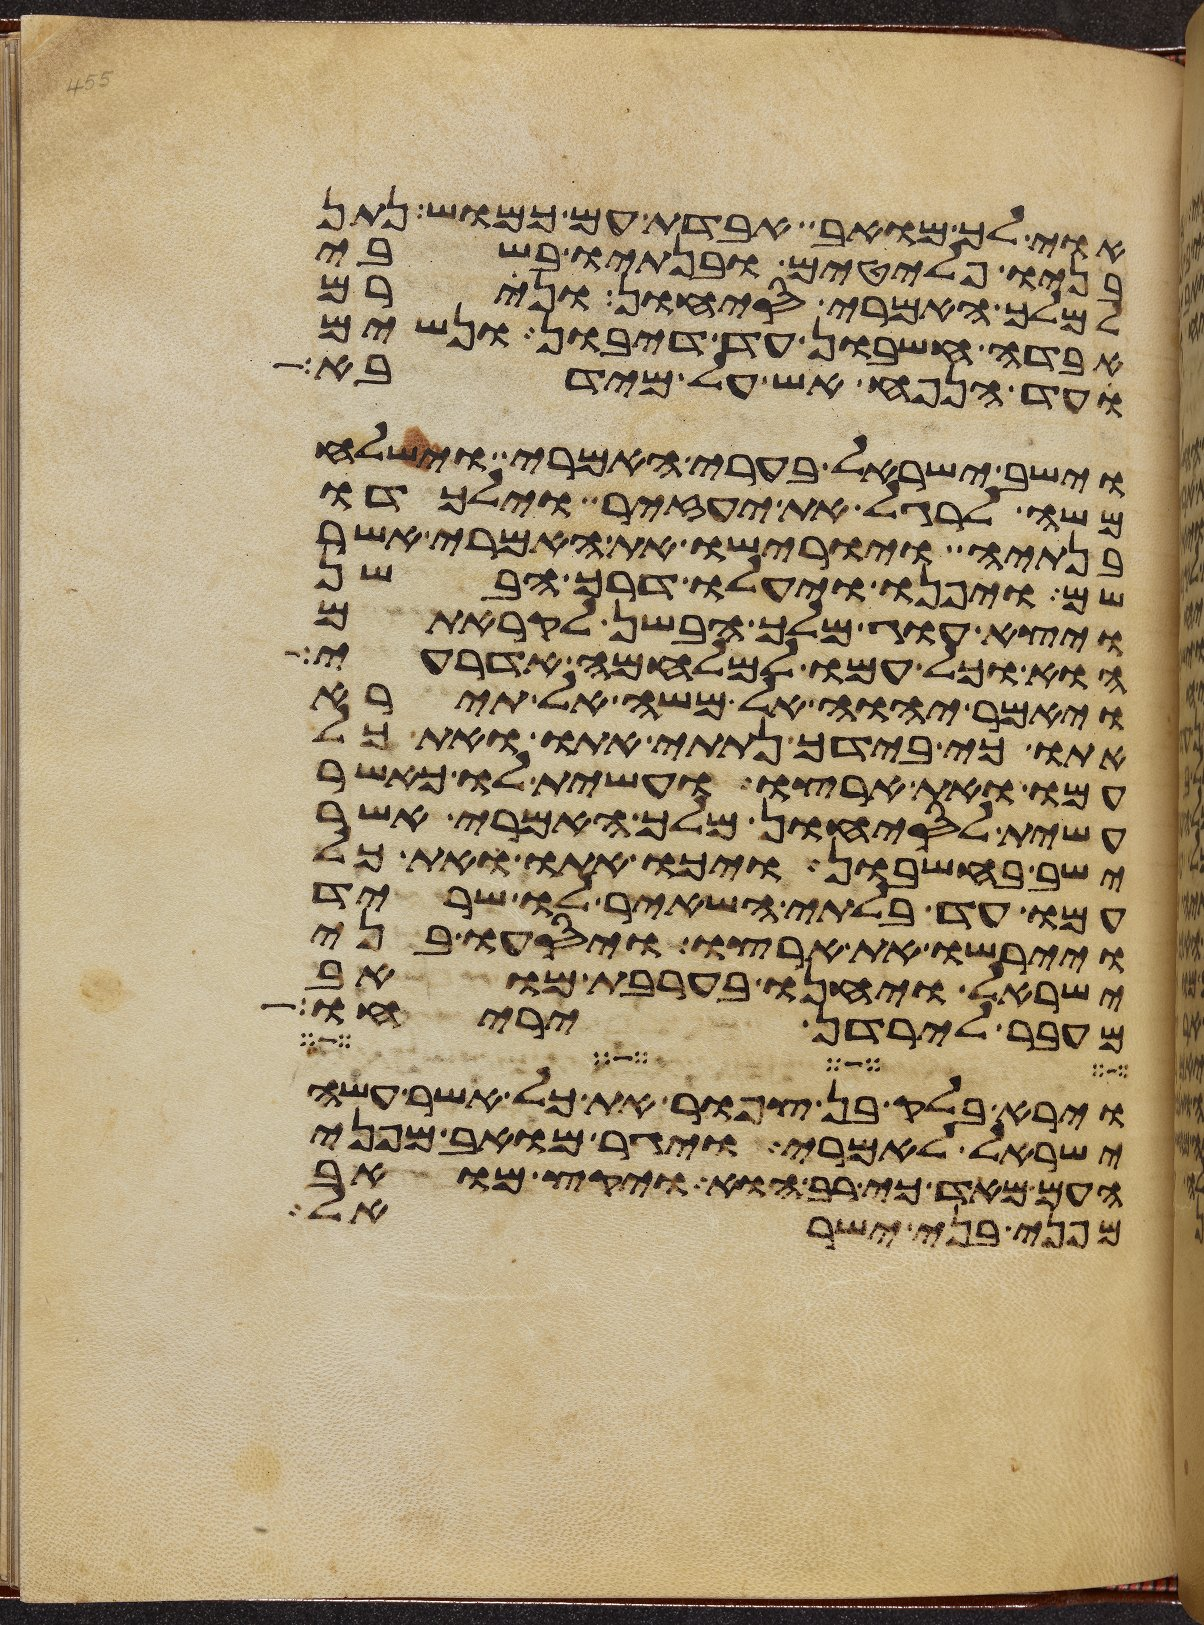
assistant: אוי לך מואב אבדת עם כמוש נתן
בניו פלטים ובנתיו בשבי
למלך האמרי סיחון ונירם
אבדה חשבון עד דיבון ונשים
עד הנפח אש על מידבא
וישב ישראל בערי האמרי וישלח
משה לרגל את יעזיר וילכדו
בנתיה ויורישו את האמרי אשר
שם ויפנו ויעלו דרך הבשן
ויצא עוג מלך הבשן לקראתם
הוא וכל עמו למלחמה אדרעי
ויאמר יהוה אל משה אל תירא
אתו כי בידך נתתי אתו ואת כל
עמו ואת ארצו ועשית לו כאשר
עשית לסיחון מלך האמרי אשר
ישב בחשבון ויכו אתו ואת כל
עמו עד בלתי השאיר לו שריד
ויירשו את ארצו ויסעו בני
ישראל ויחנו בערבת מואב
מעבר לירדן יריחו
וירא בלק בן צפור את כל אשר עשה
ישראל לאמרי ויגר מואב מפני
העם מאד כי רב הוא ויקץ מואב
מפני בני ישראל